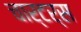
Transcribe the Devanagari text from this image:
चार्टर्स